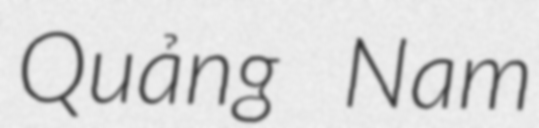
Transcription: Quảng Nam